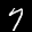
Label: 7